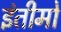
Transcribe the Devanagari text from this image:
इंतीमो